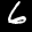
Label: 6